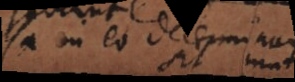
ipsa in eo determinatio